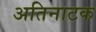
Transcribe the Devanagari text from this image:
अतिनाटक